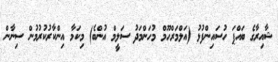
ޝާއިރާގެ ބައްޕަ ހުސައިންފުޅު (އަލްމަރްހޫމް މުހަންމަދު ސަލީމް އުންބެ) މިކަމާ އިންކާރުކުރުމުން ސިނާން